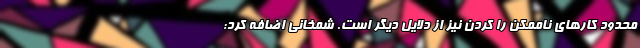
محدود کارهای ناممکن را کردن نیز از دلایل دیگر است. شمخانی اضافه کرد: